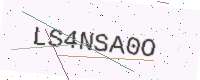
Text: LS4NSA0O